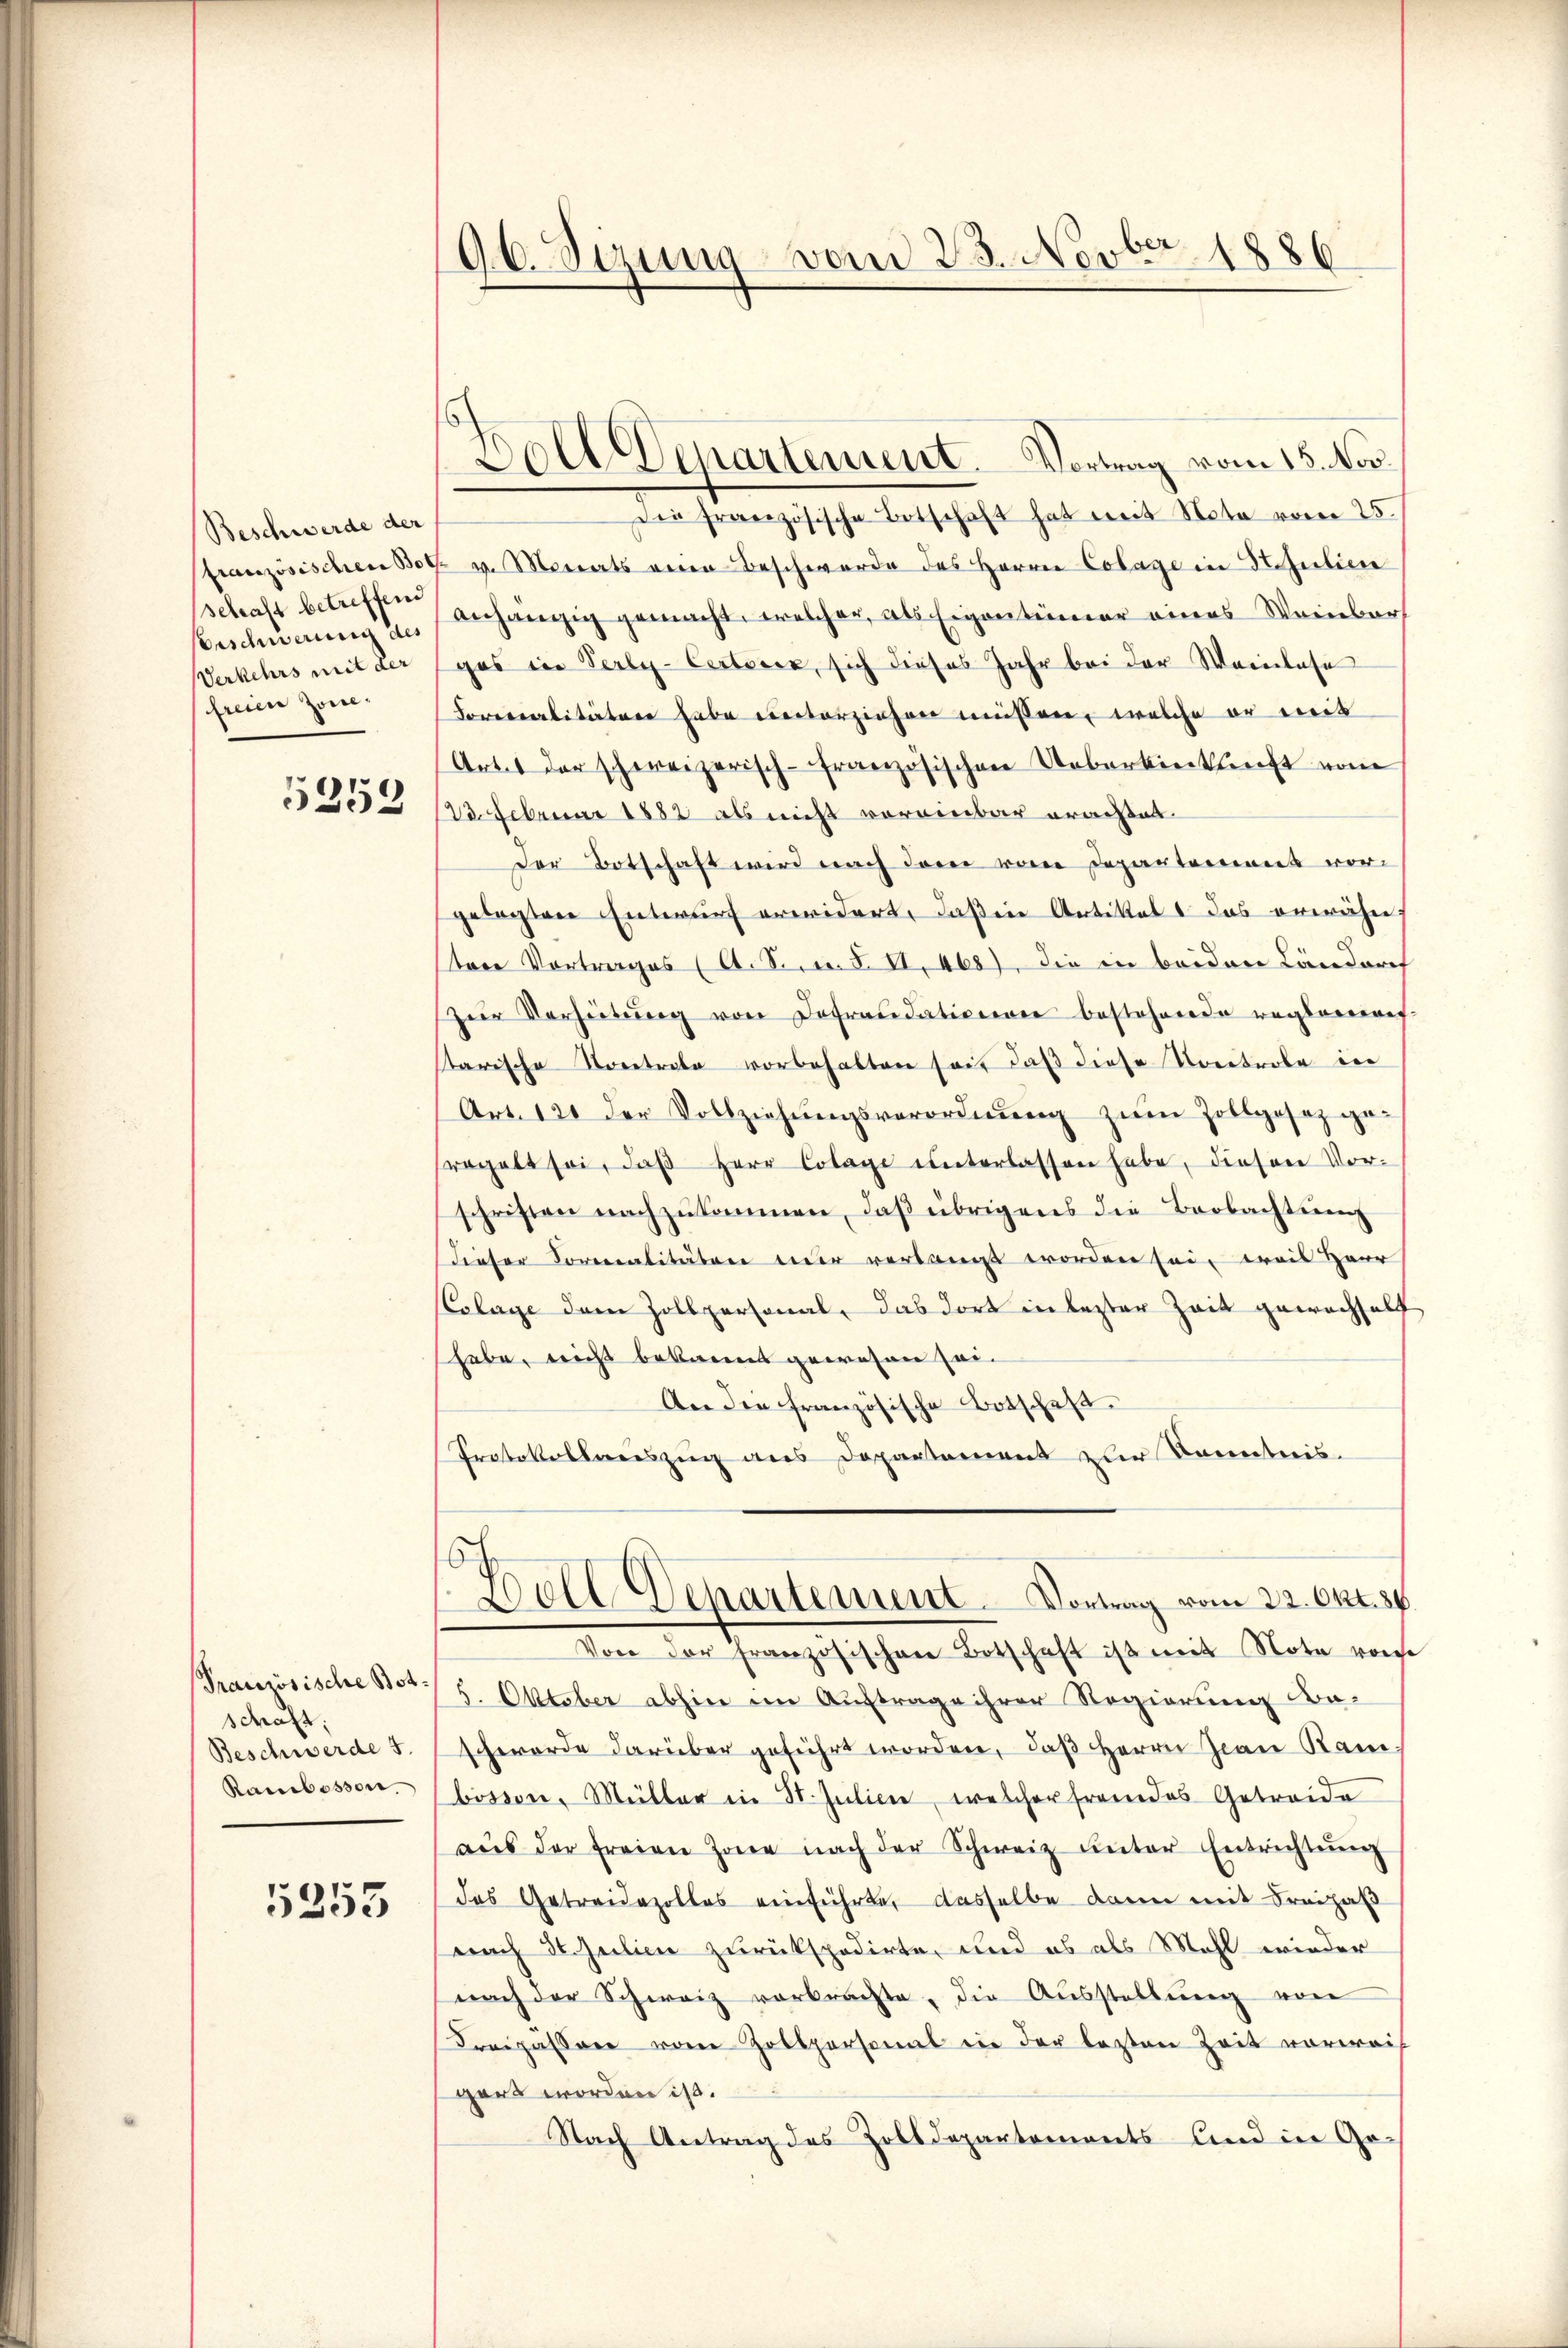
Beschwerde der
französischen Bot
schaft betreffend
Beschwerung des
Verkehrs mit der
freien Zone¬
5253

Französische Botschaft
Beschwerde 5.
Rambessen.

5253

96. Sizung vom 23. Novber 1886

Doll Departement. Vortrag vom 15. Nov.

Die französische Botschaft hat mit Nota vom 25.
 v. Monats einen Beschwerde des Herrn Colage in Stipuliere
anhängig gemacht, welcher, als Eigentümer eines Weinbar
gas in Verly-Certeien, sich dieses Jahr bei der Weinlese
Forrealitäten habe unterziehen müssen, welche er mit
Artt der schweizerisch-Französischen Ueberkinkunft vom
23. Februar 1882 als nicht voreinbar erachtet
Der Botschaft wird nach dem vom Departement vor-
gelegten Entwurf erwidert, daß ein Artikel das erwähn
tene Vortrages (A. S. n. F. II. 468), die in beiden Landurch
zŭr Verheitŭng von Defraudationen bestehende reglement
tarische Vortrete vorbehalten seis daß diese Kontrole in
Art. 121 der Vollziehŭngsverordnŭng zŭm Zollgesez ge-
ragalt sei, daβ Herr Colage ŭnterlassen habe, diesen Vor-
schriften nachzŭkommen, daβ übrigens die Beobachtung
dieser Sorealitäten nur verlangt worden sei, weis Herr
Colage dem Zollpersonal, das dort in lezter Zeit gewachsels
habe, nicht bekannt gewesen sei¬
An den französische Botschaft.
Protokollenszug aus Departement zur Kenntnis.
Fell Departement Vortrag vom 22. Okt. 84.
Von der Französischen Betschaft ist mit Note von
5. Oktober abhin im Auftrage ihrer Regierung Ba-
schwerde darüber geführt worden, daß Herrn Jean Ram-
bösson, Müller in St. Julien, welcher fremdes Getreide
aŭs der freien Zone nach der Schweiz unter Entrichtŭng
das Getreidezolles einführte, dasselbe dann mit Freihal
nach 80. Zeilie zurückspedirte, und es als Mehl wieder
nach der Schweiz vorbrachte, die Ausstellŭng von
Kreipassere von Zollpersonal ein der lezten Zeit vorweis
gart worden ist.
Nach Antrag des Zolldepartements und in Ge¬